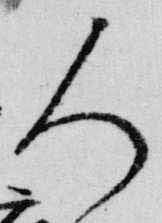
人